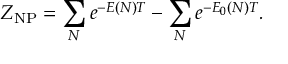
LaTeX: Z _ { \mathrm { N P } } = \sum _ { N } e ^ { - E ( N ) T } - \sum _ { N } e ^ { - E _ { 0 } ( N ) T } .